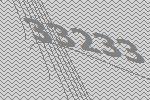
33233